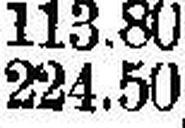
224.50